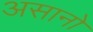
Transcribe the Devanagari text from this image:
असानो